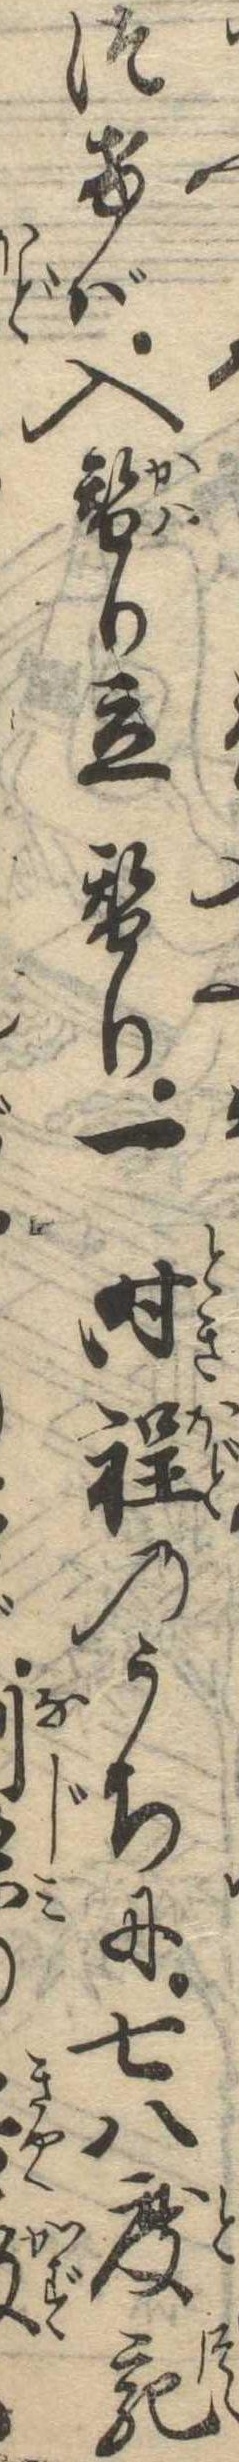
つけば入替り立替り一時程のうちに七八度宛